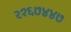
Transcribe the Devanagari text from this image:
२१६७४४७